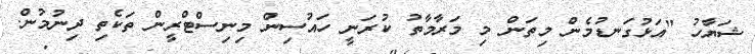
ޝަޔާހު "އަޅުގަނޑުމެން މިތަން މި މަރާމާތު ކުރަނީ ހައުސިން މިނިސްޓްރީން ތަކެތި ދިނުމުން.